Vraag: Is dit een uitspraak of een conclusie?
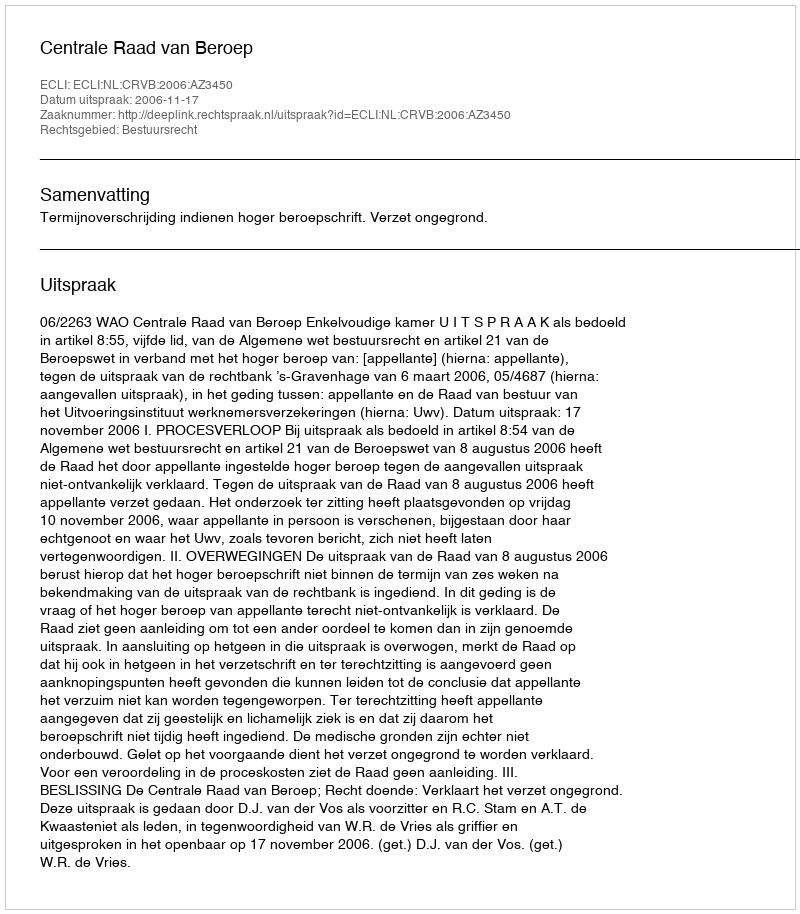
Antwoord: Uitspraak